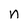
Character: n